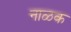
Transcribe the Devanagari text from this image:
नाळक